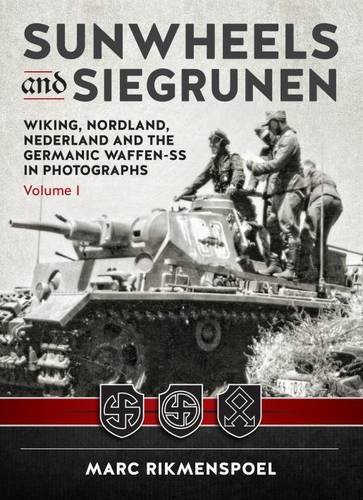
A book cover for Sunwheels and Siegrunen: Wiking, Nordland, Nederland and the Germanic Waffen-SS in Photographs Volume 1; Marc Rikmenspoel; Arts & Photography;